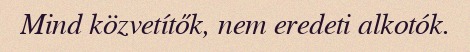
Mind közvetítők, nem eredeti alkotók.